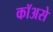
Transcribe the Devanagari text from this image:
कॉअसे